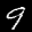
Label: 9